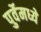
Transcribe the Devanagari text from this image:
पुर्वेमध्ये